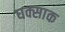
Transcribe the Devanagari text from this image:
घक्साक